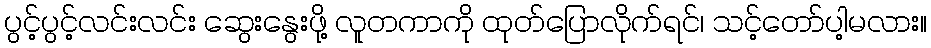
ပွင့်ပွင့်လင်းလင်း ဆွေးနွေးဖို့ လူတကာကို ထုတ်ပြောလိုက်ရင်၊ သင့်တော်ပါ့မလား။